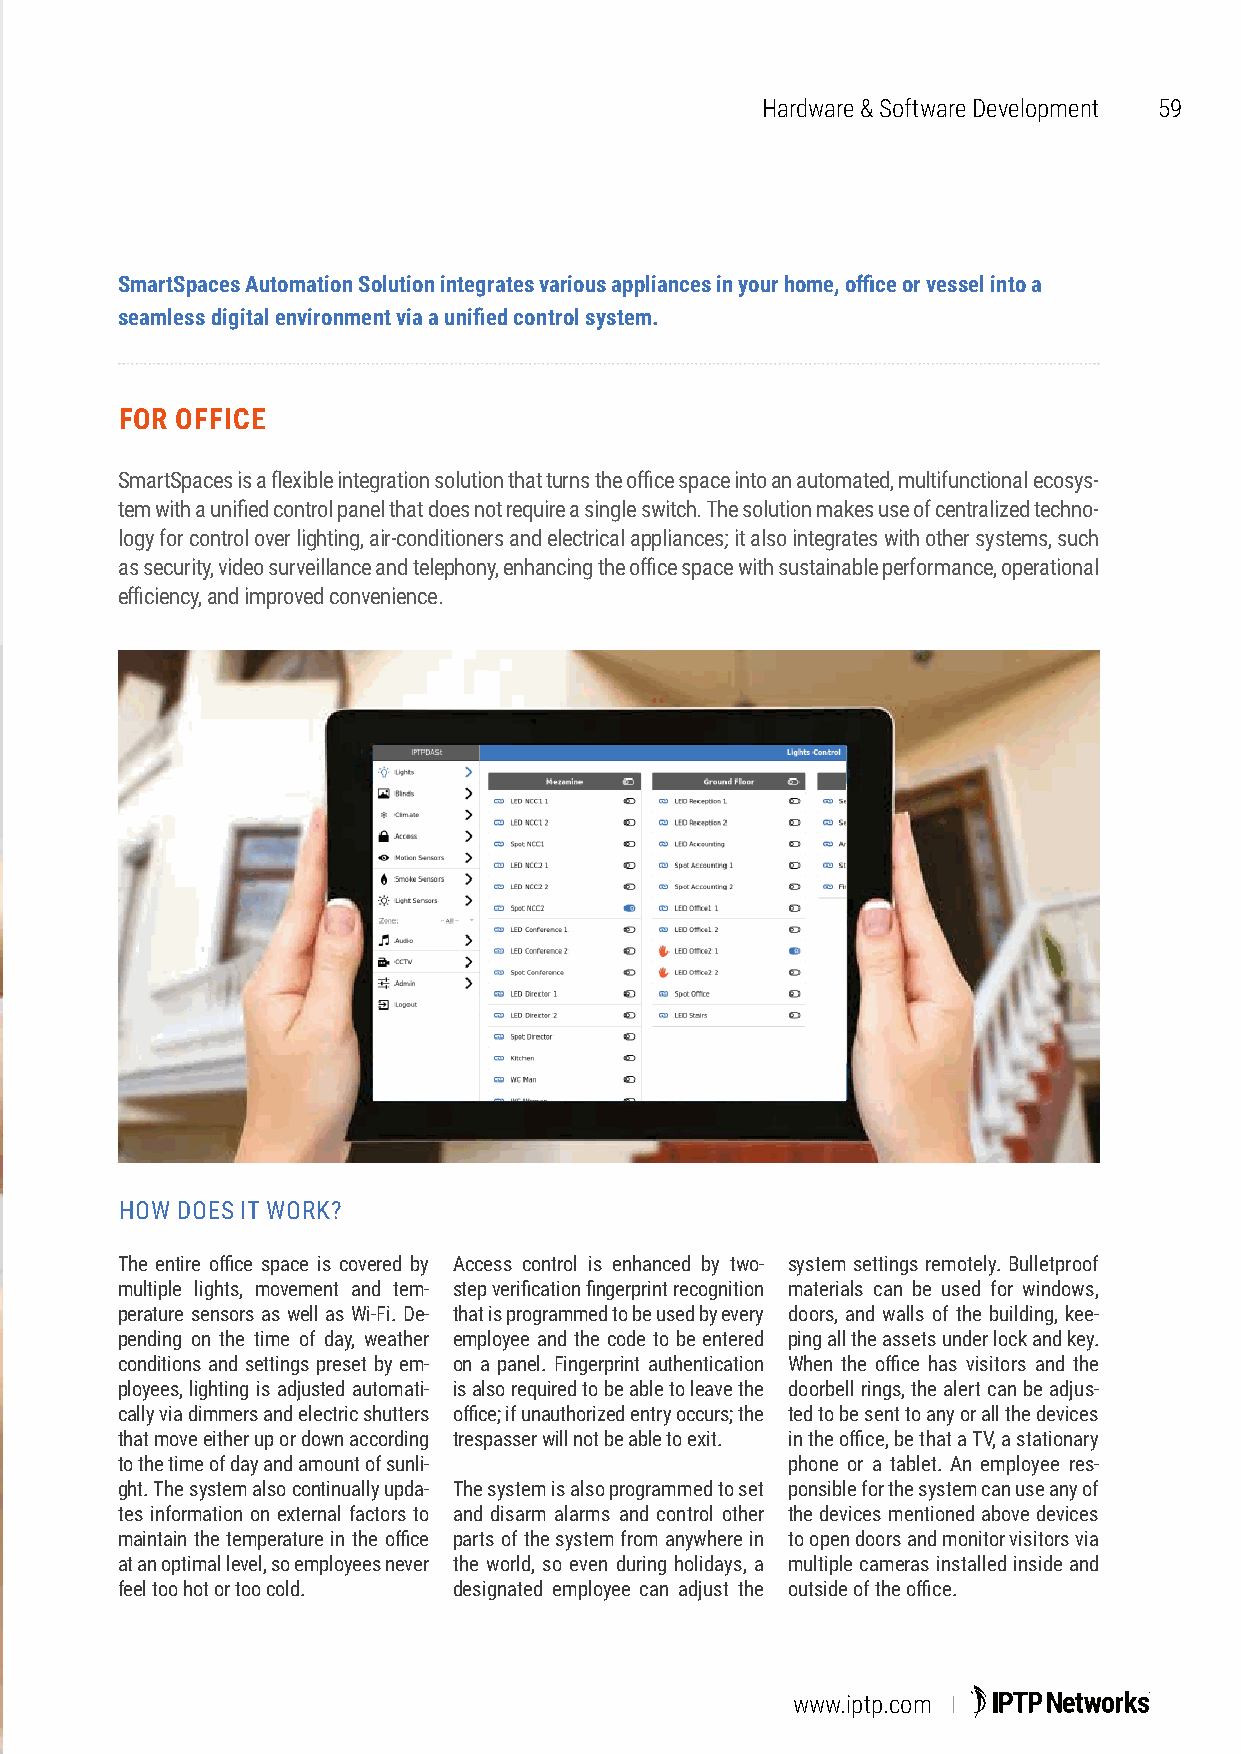
Hardware & Software Development 59
 SmartSpaces Automation Solution integrates various appliances in your home, office or vessel into a
 seamless digital environment via a unified control system.
 FOR OFFICE
 SmartSpaces is a flexible integration solution that turns the office space into an automated, multifunctional ecosys-
 tem with a unified control panel that does not require a single switch. The solution makes use of centralized techno-
 logy for control over lighting, air-conditioners and electrical appliances; it also integrates with other systems, such
 as security, video surveillance and telephony, enhancing the office space with sustainable performance, operational
 efficiency, and improved convenience.
 HOW DOES IT WORK?
 The entire office space is covered by Access control is enhanced by two- system settings remotely. Bulletproof
 multiple lights, movement and tem- step verification fingerprint recognition materials can be used for windows,
 perature sensors as well as Wi-Fi. De- that is programmed to be used by every doors, and walls of the building, kee-
 pending on the time of day, weather employee and the code to be entered ping all the assets under lock and key.
 conditions and settings preset by em- on a panel. Fingerprint authentication When the office has visitors and the
 ployees, lighting is adjusted automati- is also required to be able to leave the doorbell rings, the alert can be adjus-
 cally via dimmers and electric shutters office; if unauthorized entry occurs; the ted to be sent to any or all the devices
 that move either up or down according trespasser will not be able to exit. in the office, be that a TV, a stationary
 to the time of day and amount of sunli-     phone or a tablet. An employee res-
 ght. The system also continually upda- The system is also programmed to set ponsible for the system can use any of
 tes information on external factors to and disarm alarms and control other the devices mentioned above devices
 maintain the temperature in the office parts of the system from anywhere in to open doors and monitor visitors via
 at an optimal level, so employees never the world, so even during holidays, a multiple cameras installed inside and
 feel too hot or too cold. designated employee can adjust the outside of the office.
 www.iptp.com